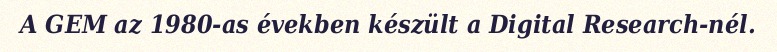
A GEM az 1980-as években készült a Digital Research-nél.